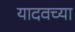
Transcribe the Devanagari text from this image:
यादवच्या